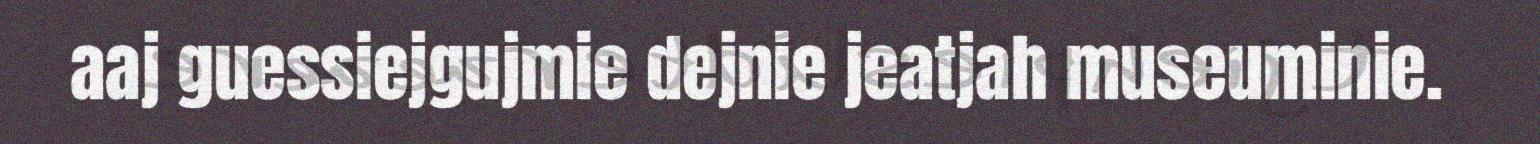
aaj guessiejgujmie dejnie jeatjah museuminie.